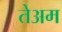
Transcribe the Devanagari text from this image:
तेअम